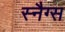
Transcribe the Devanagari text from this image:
स्नैग्स